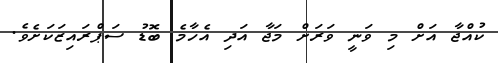
ކުއްޖާ އަށް މި ވަނީ ވަރަށް މަޖާ އަދި އެހާމެ ބޮޑު ސަޕްރައިޒަކަށެވެ.